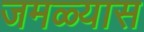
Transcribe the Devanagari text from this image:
जमळ्यास